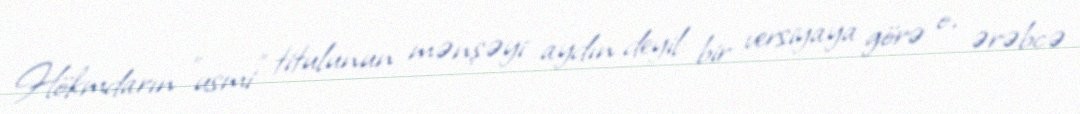
Hökmdarın "usmi" titulunun mənşəyi aydın deyil: bir versiyaya görə o, ərəbcə